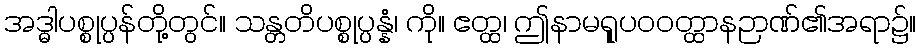
အဒ္ဓါပစ္စုပ္ပန်တို့တွင်။ သန္တတိပစ္စုပ္ပန္နံ၊ ကို။ ဧတ္ထ၊ ဤနာမရူုပဝဝတ္ထာနဉာဏ်၏အရာ၌။